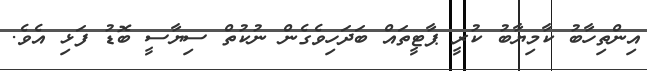
އިންތިހާބު ކާމިޔާބު ކުރީ ޕާޓީތައް ބަދަހިވެގެން ނުކުތް ސިޔާސީ ބޮޑު ފަޅި އެވެ.